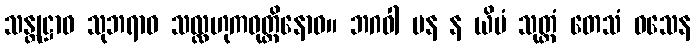
သန္တုဋ္ဌာဝ သုဘရာဝ သလ္လဟုကဝုတ္တိနောဝ။ ဘဂဝါ ပန န ယိမံ သုတ္တံ တေသံ ဝသေန